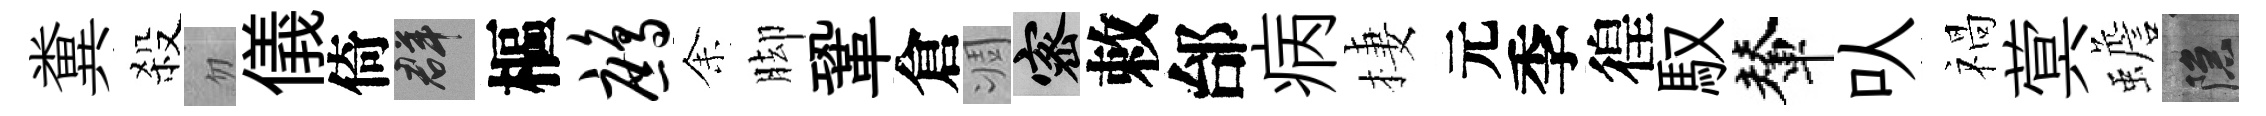
糞殺忽儀倚群樞鹧𪜬脚鞏倉凋密敕邰病棲元季徨馭輦㕥禍蓂蟾隱